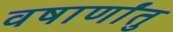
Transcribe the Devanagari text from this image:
वषार्णांतु